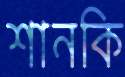
শানকি